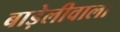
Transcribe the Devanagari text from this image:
बाड़ेलीवाला